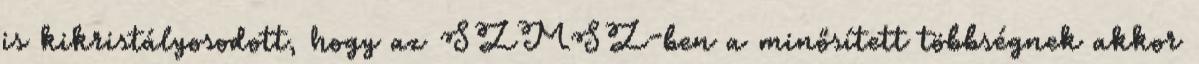
is kikristályosodott, hogy az SZMSZ-ben a minősített többségnek akkor